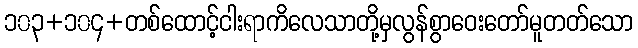
၁၀၃+၁၀၄+တစ်ထောင့်ငါးရာကိလေသာတို့မှလွန်စွာဝေးတော်မူတတ်သော